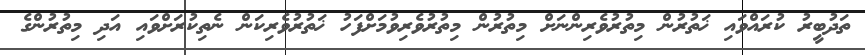
ތަދުބީރު ކުރައްވައި ޚަތުރުން މިތުރުވެރިންނަށް މިތުރުން މިތުރުވެރިވުމަށްފަހު ޚަތުރުވެރިކަން ނެތިކުރަށްވައި އަދި މިތުރުންގެ